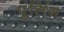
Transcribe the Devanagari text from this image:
पुंर्लिग